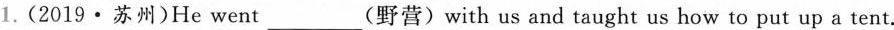
1. (2019·苏州)He went___(野营) with us and taught us how to put up a tent.